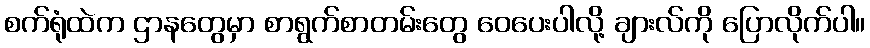
စက်ရုံထဲက ဌာနတွေမှာ စာရွက်စာတမ်းတွေ ဝေပေးပါလို့ ချားလ်ကို ပြောလိုက်ပါ။